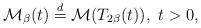
LaTeX: \begin{align*}\mathcal{M}_{\beta}(t)\overset{d}{=}\mathcal{M}(T_{2\beta}(t)),\ t>0,\end{align*}